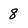
Character: 8